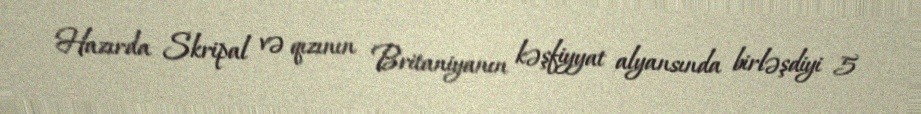
Hazırda Skripal və qızının Britaniyanın kəşfiyyat alyansında birləşdiyi 5